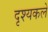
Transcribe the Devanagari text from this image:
दृश्यकले